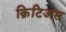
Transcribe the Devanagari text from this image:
क्रिटिअस